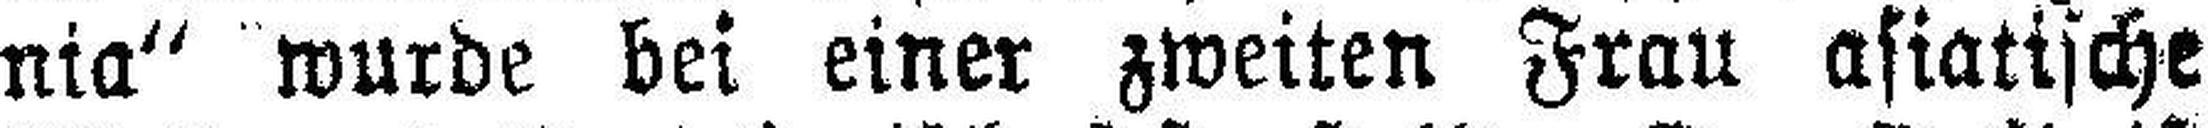
nia“ wurde bei einer zweiten Frau asiatische